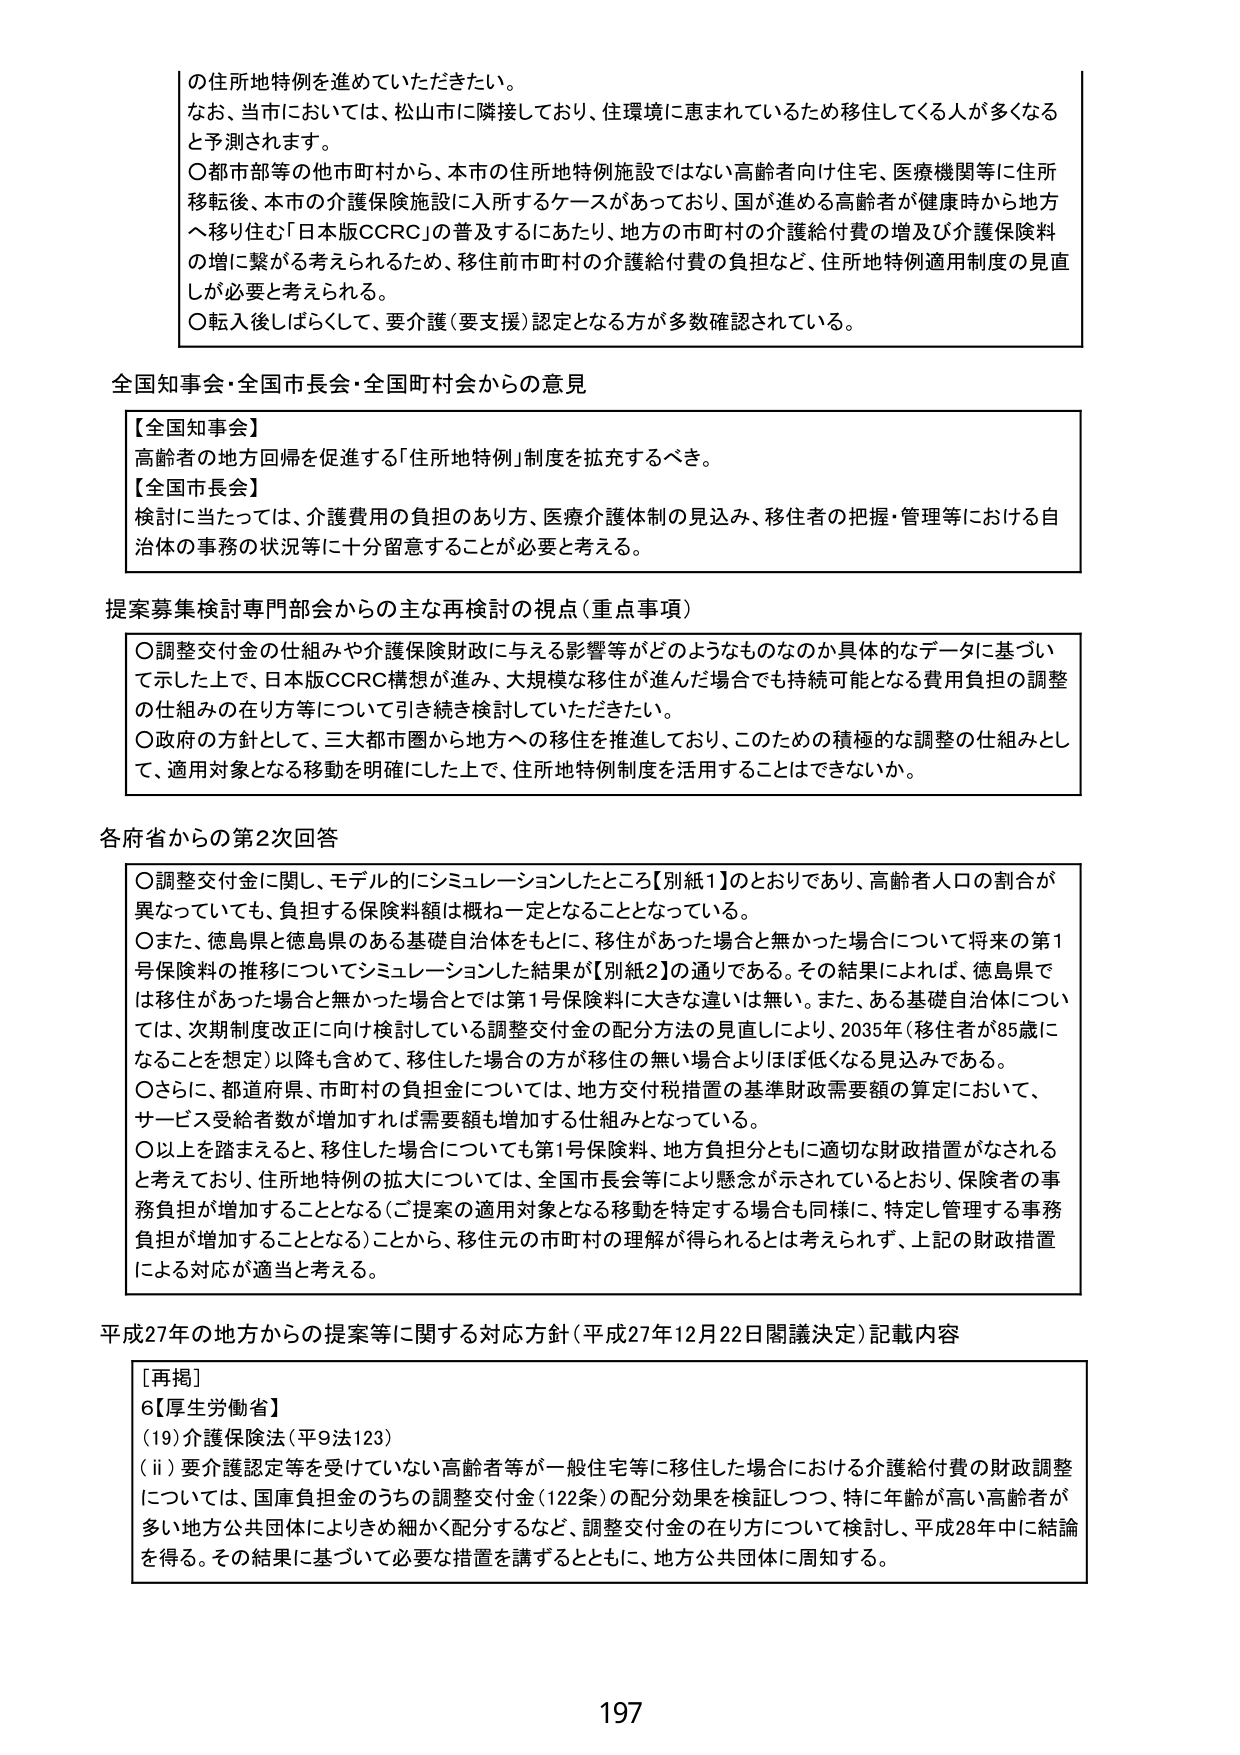
の住所地特例を進めていただきたい。
なお、当市においては、松山市に隣接しており、住環境に恵まれているため移住してくる人が多くなると予測されます。
〇都市部等の他市町村から、本市の住所地特例施設ではない高齢者向け住宅、医療機関等に住所移転後、本市の介護保険施設に入所するケースがあっており、国が進める高齢者が健康時から地方へ移り住む「日本版CCRC」の普及するにあたり、地方の市町村の介護給付費の増及び介護保険料の増に繋がる考えられるため、移住前市町村の介護給付費の負担など、住所地特例適用制度の見直しが必要と考えられる。
〇転入後しばらくして、要介護（要支援）認定となる方が多数確認されている。

全国知事会・全国市長会・全国町村会からの意見

【全国知事会】
高齢者の地方回帰を促進する「住所地特例」制度を拡充するべき。
【全国市長会】
検討に当たっては、介護費用の負担のあり方、医療介護体制の見込み、移住者の把握・管理等における自治体の事務の状況等に十分留意することが必要と考える。

提案募集検討専門部会からの主な再検討の視点（重点事項）

〇調整交付金の仕組みや介護保険財政に与える影響等がどのようなものなのか具体的なデータに基づいて示した上で、日本版CCRC構想が進み、大規模な移住が進んだ場合でも持続可能となる費用負担の調整の仕組みの在り方等について引き続き検討していただきたい。
〇政府の方針として、三大都市圏から地方への移住を推進しており、このための積極的な調整の仕組みとして、適用対象となる移動を明確にした上で、住所地特例制度を活用することはできないか。

各府省からの第2次回答

〇調整交付金に関し、モデル的にシミュレーションしたところ【別紙1】のとおりであり、高齢者人口の割合が異なっていても、負担する保険料額は概ね一定となることとなっている。
〇また、徳島県と徳島県のある基礎自治体をもとに、移住があった場合と無かった場合について将来の第1号保険料の推移についてシミュレーションした結果が【別紙2】の通りである。その結果によれば、徳島県では移住があった場合と無かった場合とでは第1号保険料に大きな違いは無い。また、ある基礎自治体については、次期制度改正に向け検討している調整交付金の配分方法の見直しにより、2035年（移住者が85歳になることを想定）以降も含めて、移住した場合の方が移住の無い場合よりほぼ低くなる見込みである。
〇さらに、都道府県、市町村の負担金については、地方交付税措置の基準財政需要額の算定において、サービス受給者数が増加すれば需要額も増加する仕組みとなっている。
〇以上を踏まえると、移住した場合についても第1号保険料、地方負担分ともに適切な財政措置がなされると考えており、住所地特例の拡大については、全国市長会等により懸念が示されているとおり、保険者の事務負担が増加することとなる（ご提案の適用対象となる移動を特定する場合も同様に、特定し管理する事務負担が増加することとなる）ことから、移住元の市町村の理解が得られるとは考えられず、上記の財政措置による対応が適当と考える。

平成27年の地方からの提案等に関する対応方針（平成27年12月22日閣議決定）記載内容

［再掲］
6【厚生労働省】
（19）介護保険法（平9法123）
（ii）要介護認定等を受けていない高齢者等が一般住宅等に移住した場合における介護給付費の財政調整については、国庫負担金のうちの調整交付金（12条）の配分効果を検証しつつ、特に年齢が高い高齢者が多い地方公共団体によりきめ細かく配分するなど、調整交付金の在り方について検討し、平成28年中に結論を得る。その結果に基づいて必要な措置を講ずるとともに、地方公共団体に周知する。

197